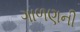
ગાળણની